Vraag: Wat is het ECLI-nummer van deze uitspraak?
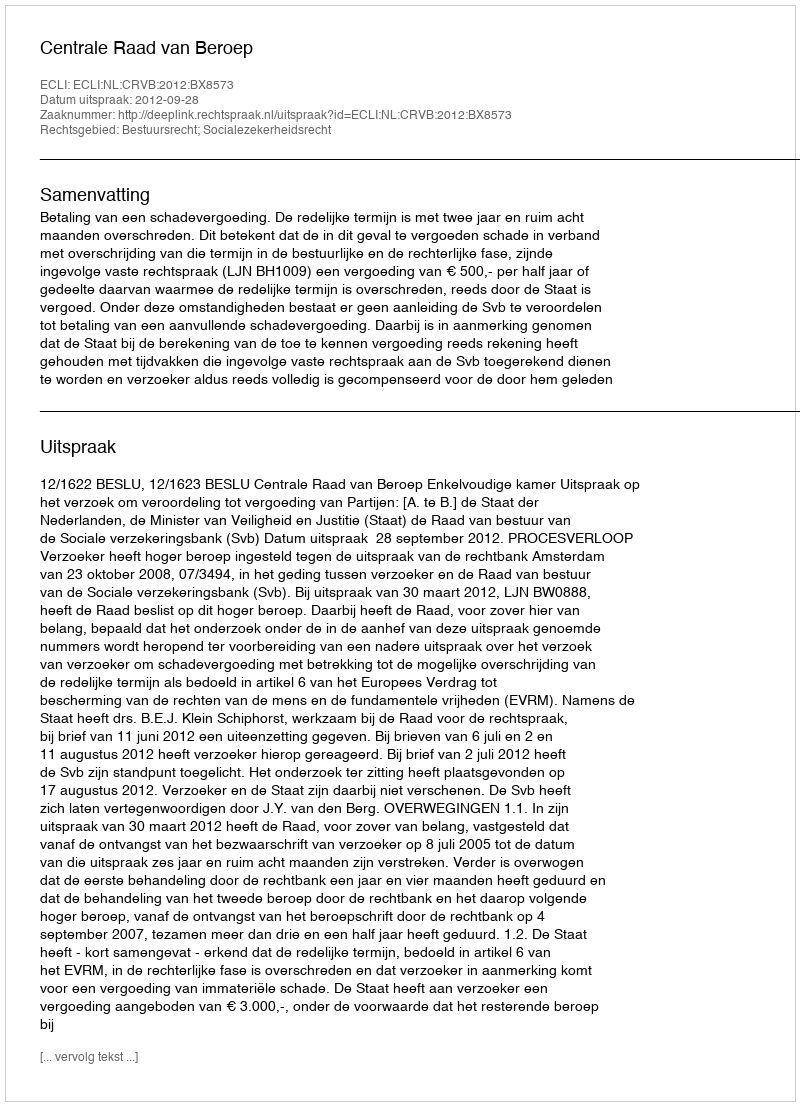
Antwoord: ECLI:NL:CRVB:2012:BX8573